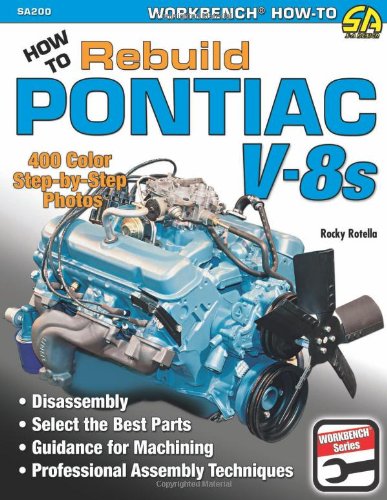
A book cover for How to Rebuild Pontiac V-8s (Workbench How to); Rocky Rotella; Engineering & Transportation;